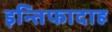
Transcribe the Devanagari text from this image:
इन्तिफादाह